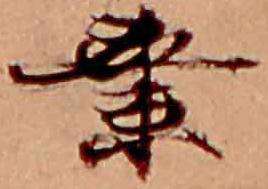
業